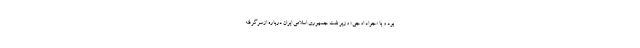
بود و با «جواد اوجی» وزیر نفت جمهوری‌ اسلامی ایران درباره ازسرگرفته